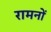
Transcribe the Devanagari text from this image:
रामनों